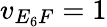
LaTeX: v_{E_{6}F}=1